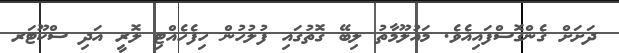
ދަށަށް ގެންގޮސްފައިއެވެ. މައުލޫމާތު ލިބޭ ގޮތުގައި ފުލުހުން ހިފެހެއްޓި ލޮރީ އަދި ސްކޫޓަރ